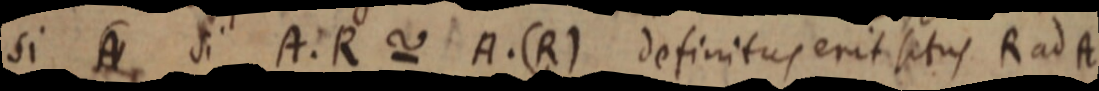
si A si A. R ~ A. (R) definitus erit situs R ad A